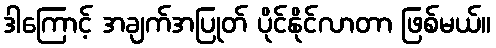
ဒါကြောင့် အချက်အပြုတ် ပိုင်နိုင်လာတာ ဖြစ်မယ်။